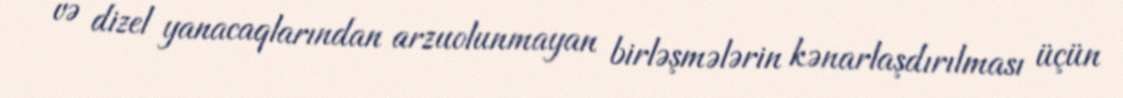
və dizel yanacaqlarından arzuolunmayan birləşmələrin kənarlaşdırılması üçün